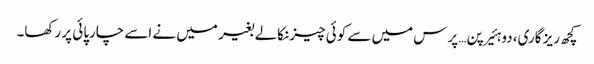
کچھ ریز گاری، دو ہئیرپن… پرس میں سے کوئی چیز نکالے بغیر میں نے اسے چارپائی پر رکھا۔